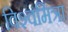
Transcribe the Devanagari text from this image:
विश्‍वमित्रा